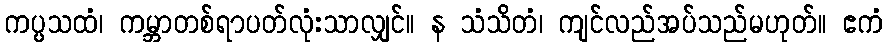
ကပ္ပသထံ၊ ကမ္ဘာတစ်ရာပတ်လုံးသာလျှင်။ န သံသိတံ၊ ကျင်လည်အပ်သည်မဟုတ်။ ဧကံ